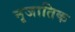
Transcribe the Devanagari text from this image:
नृजातिक